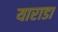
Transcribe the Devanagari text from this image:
याराडा